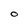
Character: O